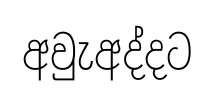
අවුැඅද්දට